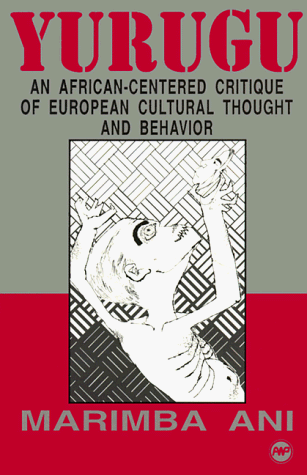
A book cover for Yurugu: An African-Centered Critique of European Cultural Thought and Behavior; Marimba Ani; Science & Math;